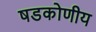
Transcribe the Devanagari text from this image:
षडकोणीय